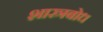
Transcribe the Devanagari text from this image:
शास्त्रबोध